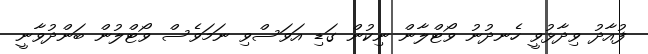
ފުއާދު ވިދާޅުވީ ހެނދުނު ވޯޓްލާން ނިކުން ގަޑި އަވަސްވި ނަމަވެސް ވޯޓްލުން ބަންދުވާނީ